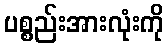
ပစ္စည်းအားလုံးကို